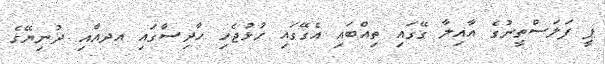
ޕީ ފަލަސްތީނުގެ އާއިލާ ގޭގައި ތިއްބައި އެގޭގައި ހުޅުޖެހި ހާދިސާގައި އދއާއި ދުނިޔޭގެ